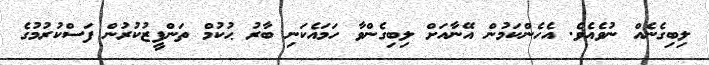
ލިބިގެނެއް ނުވެއެވެ. އެހެންކަމުން އޭނާއަށް ލިބިގެންވާ ހަމައެކަނި ބާރު ޙުކުމް ތަންފީޒުކުރުން ފަސްކުރުމުގެ